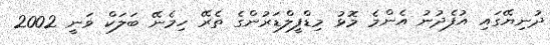
ދުނިޔޭގައި އުފެދުނު އެންމެ މޮޅު މިޑްފީލްޑަރުންގެ ތެރޭ ހިމެނޭ ބަލަކް ވަނީ 2002